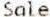
SALE